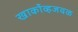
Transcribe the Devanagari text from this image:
खार्कोव्हजवळ